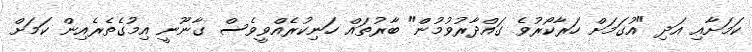
ކަމަށާއި އަދި "އުގަމަށް ހަރާކޯރުވެ ގައްދާރުވުމުންް" ބާރުތައް ހަނިކުރެއްވީވެސް ގާނޫނީ އިމުގެތެރެއިން ކަމަށް